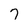
Character: 7